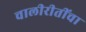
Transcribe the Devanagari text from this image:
चालीरीतींचा